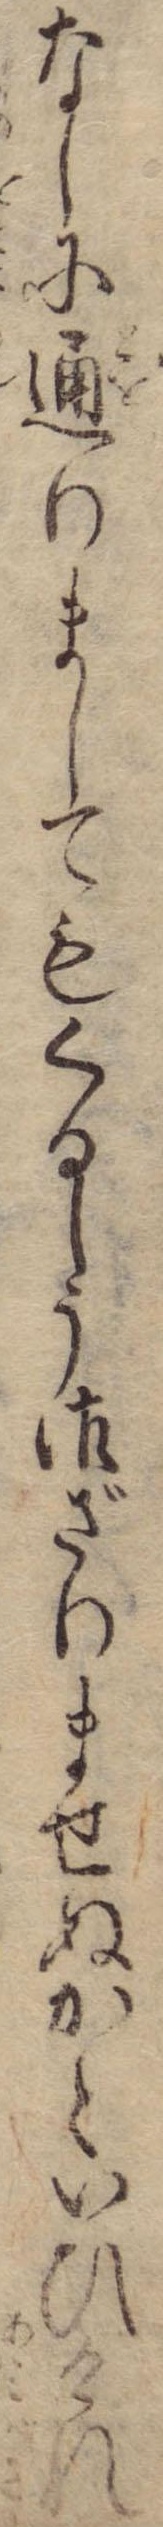
なしに通りましてもくるしう御ざりませぬかといひけれ